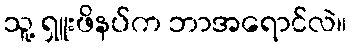
သူ့ ရှူးဖိနပ်က ဘာအရောင်လဲ။